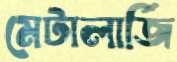
মেটালার্জি